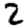
Digit: 2